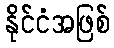
နိုင်ငံအဖြစ်